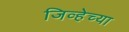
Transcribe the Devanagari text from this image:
जिव्हेच्या